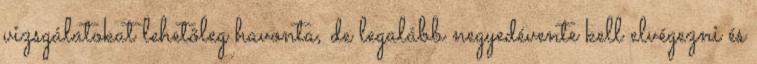
vizsgálatokat lehetõleg havonta, de legalább negyedévente kell elvégezni és